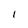
Character: i